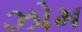
ઝોમ